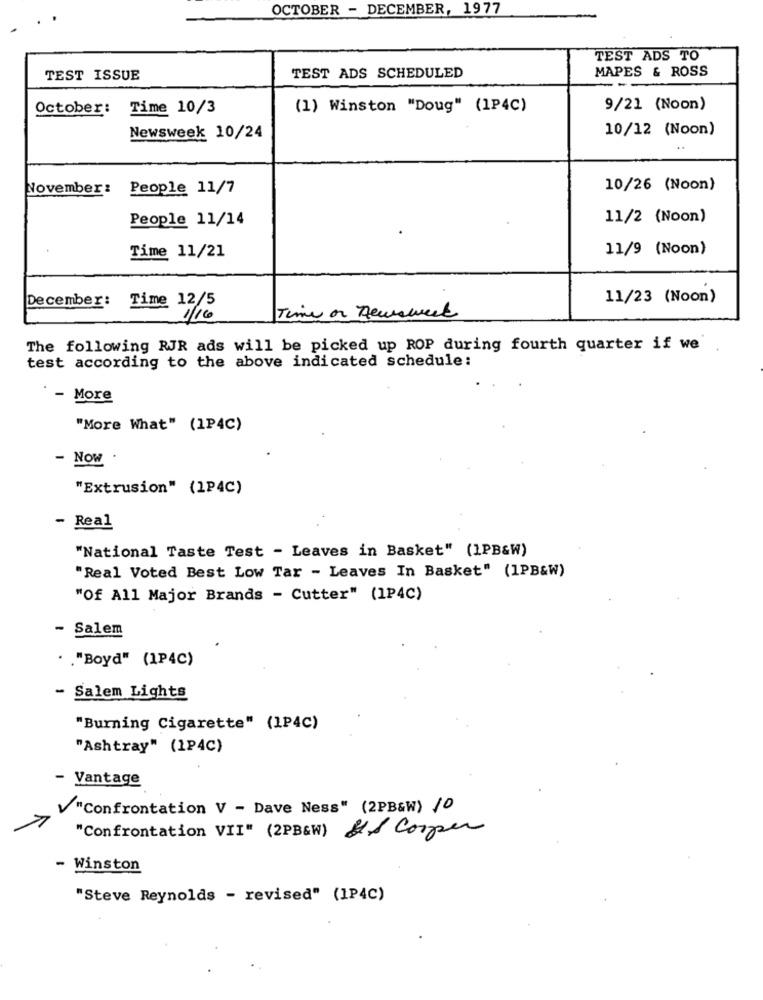
OCTOBER - DECEMBER, 1977
TEST ADS TO
MAPES & ROSS
TEST ISSUE
TEST ADS SCHEDULED
October: Time 10/3
(1) Winston "Doug" (1P4C)
9/21 (Noon)
10/12 (Noon)
Newsweek 10/24
November:
People 11/7
10/26 (Noon)
People 11/14
11/2 (Noon)
Time 11/21
11/9 (Noon)
December: Time 12/5
11/23 (Noon)
1/16
Time on newsweek
The following RJR ads will be picked up ROP during fourth quarter if we
test according to the above indicated schedule:
- More
"More What" (1P4C)
- Now
"Extrusion" (1P4C)
- Real
"National Taste Test - Leaves in Basket" (1PB&W)
"Real Voted Best Low Tar - Leaves In Basket" (1PB&W)
"Of All Major Brands - Cutter" (1P4C)
Salem
. . "Boyd" (1P4C)
- Salem Lights
"Burning Cigarette" (1P4C)
"Ashtray" (1P4C)
- Vantage
"Confrontation V - Dave Ness" (2PB&W) 10
"Confrontation VII" (2PB&W) LA Cooper
- Winston
"Steve Reynolds - revised" (1P4C)